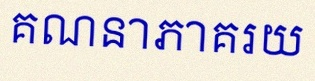
គណនាភាគរយ